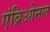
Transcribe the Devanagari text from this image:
एंब्रिओनल